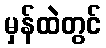
မှန်ထဲတွင်